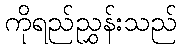
ကိုရည်ညွှန်းသည်